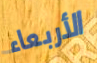
الأربعاء